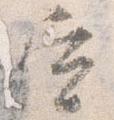
宣